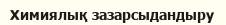
Химиялық зазарсыдандыру